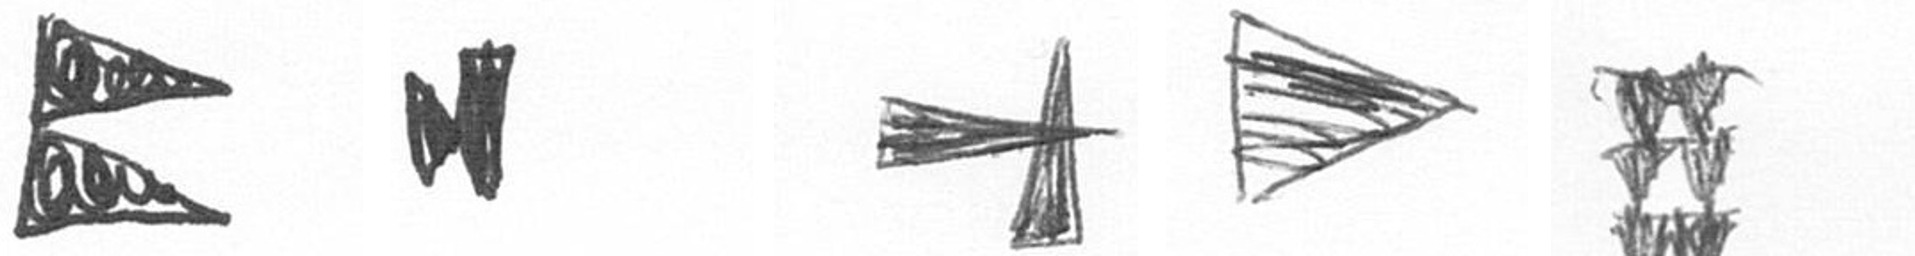
P M G T Y